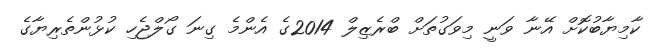
ކާމިޔާބުކޮށް އޭނާ ވަނީ މިވަގުތަށް ބްރެޒިލް 2014ގެ އެންމެ ގިނަ ގޯލްޖެހި ކުޅުންތެރިޔާގެ